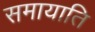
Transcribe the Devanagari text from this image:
समायाति